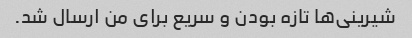
شیرینی‌ها تازه بودن و سریع برای من ارسال شد.